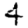
Digit: 4